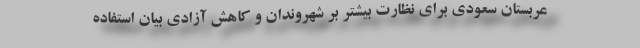
عربستان سعودی برای نظارت بیشتر بر شهروندان و کاهش آزادی بیان استفاده